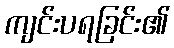
ကျင်းပရခြင်း၏